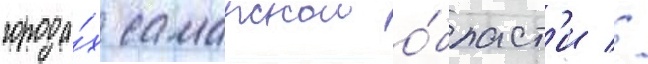
города́х самарскои о́бласт'и //